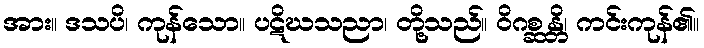
အား။ ဒသပိ၊ ကုန်သော။ ပဋိဃသညာ၊ တို့သည်။ ဝိဂစ္ဆန္တိ၊ ကင်းကုန်၏။